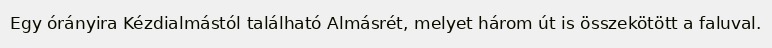
Egy órányira Kézdialmástól található Almásrét, melyet három út is összekötött a faluval.